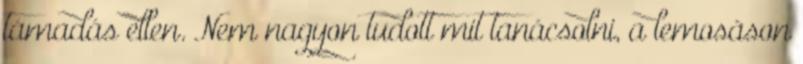
támadás ellen. Nem nagyon tudott mit tanácsolni, a lemosáson